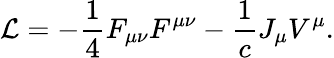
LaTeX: {\cal L}=-{\frac{1}{4}}F_{\mu\nu}F^{\mu\nu}-{\frac{1}{c}}J_{\mu}V^{\mu}.